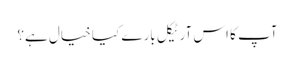
آپ کا اس آرٹیکل بارے کیا خیال ہے؟